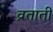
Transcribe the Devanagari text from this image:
व्रताती